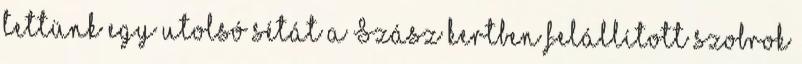
tettünk egy utolsó sétát a Szász kertben felállított szobrok